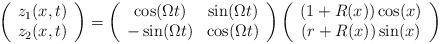
LaTeX: \begin{align*}\left(\begin{array}{c}z_1(x,t) \\z_2(x,t)\end{array}\right)= \left(\begin{array}{cc}\cos(\Omega t) & \sin(\Omega t) \\-\sin(\Omega t) & \cos(\Omega t)\end{array}\right)\left(\begin{array}{c}(1 + R(x))\cos(x) \\(r + R(x))\sin(x)\end{array}\right)\end{align*}